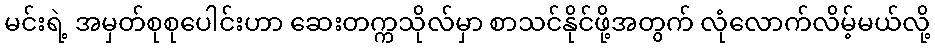
မင်းရဲ့ အမှတ်စုစုပေါင်းဟာ ဆေးတက္ကသိုလ်မှာ စာသင်နိုင်ဖို့အတွက် လုံလောက်လိမ့်မယ်လို့